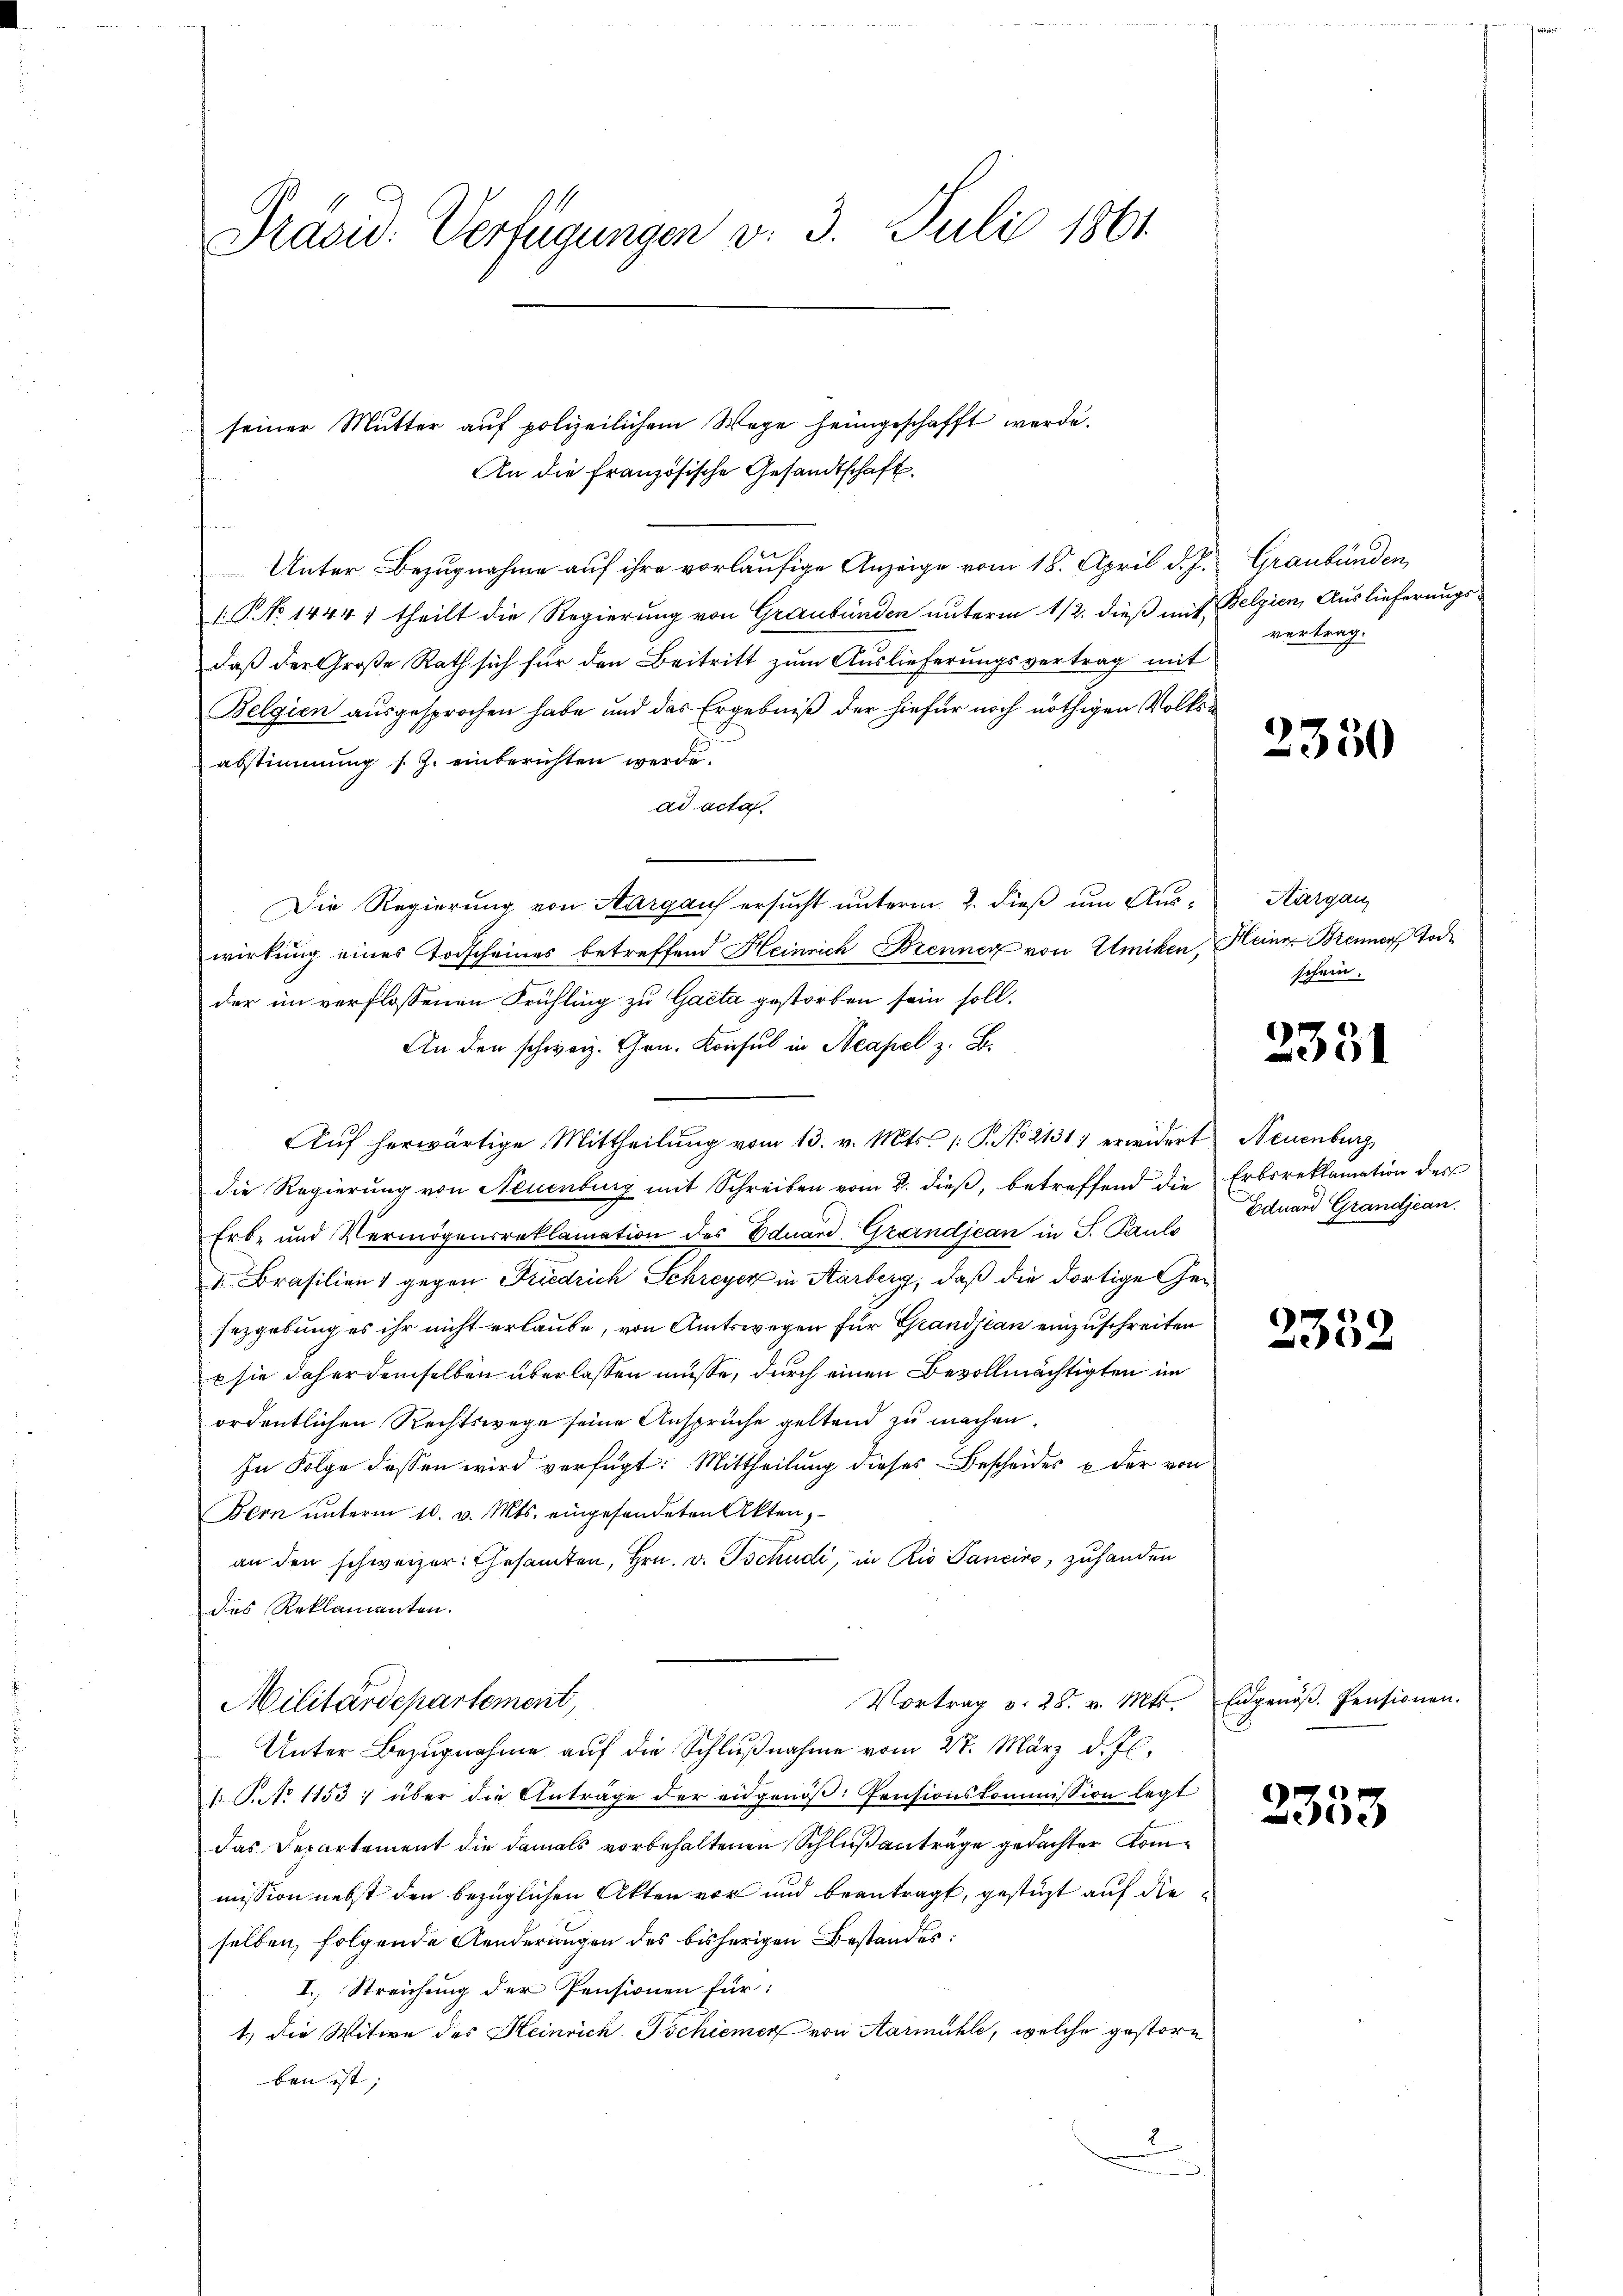
Präsid. Verfügungen v. 3. Juli 1861

seiner Mutter auf polizeilichem Wege heimgeschafft werde.
An die französische Gesandtschaft.
Unter Bezugnahme auf ihre vorläufige Anzeige vom 18. April d. J.
1.P. No 1444) theilt die Regierung von Graubünden unterm 1/2. dieß mit Belgien, Auslieferungs-
daß der Große Rath sich für den Beitritt zum Auslieferungsvertrag mit
Belgien ausgesprochen habe und das Ergebniß der hiefür noch nöthigen Volks
abstimmung s. Z. einberichten werde.
ad acta.
Die Regierung von Aargaus ersucht unterm 2. dieß um Auswirkung eines Todscheines betreffend Heinrich Brenner von Ulmiken, Heiner Brenner Tode
der im verflossenen Frühling zu Gacta gestorben sein soll,
An den schweiz. Hrn. Konsul in Neapel z. B.
Aŭf herwärtige Mittheilŭng vom 13. v. Mts. /: P. No. 2131 erwidert Neuenburg
die Regierung von Neuenburg mit Schreiben vom 2. dieβ, betreffend die Erbsreklamation des
Erb- und Vermögensreklamation des Eduard. Grandjean in P. Pauls
 Brasilien 1 gegen Friedrich Schreyer in Aarberg, daß die dortige Gesezgebung es ihr nicht erlaube, von Amtswegen für Grandjean einzuschreiten
E sie daher demselben überlassen müsse, durch einen Bevollmächtigten im
ordentlichen Rechtswege seine Ansprüche geltend zu machen.
In Folge dessen wird verfügt: Mittheilung dieses Bescheides u der von
Bern unterm 10. v. Mts. eingesendeten Akten,
an den schweizer. Gesamten, Hrn. v. Tschudi, in Rio Pancino, zuhanden
des Reklamanten.
Vortrag v. 28. v. Mts.
Militärdepartement,
Unter Bezugnahme auf die Schlußnahme vom 27. März d. Js.
 P.No 1153; über die Anträge der eidgenöß: Pensionskommission legt
das Departement die damals vorbehaltenen Schlußanträge gedachter Kommission nebst den bezüglichen Akten vor und beantragt, gestüzt auf dieselben folgende Aenderungen des bisherigen Bestandes:
I., Streichung der Pensionen für:
t) die Witwe des Heinrich. Tschiener von Aarmühle, welche gestorben ist;

2 Graubünden
vertrag.

c

2350

Kargau
schein.

2351

Eduard Grandjean.

2332

Eidgenöß. Pensionen.

2353